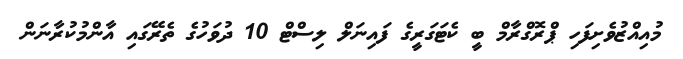
މުއިއްޒުވެށިފަހި ޕްރޮގްރާމް ބީ ކެޓަގަރީގެ ފައިނަލް ލިސްޓް 10 ދުވަހުގެ ތެރޭގައި އާންމުކުރާނަން